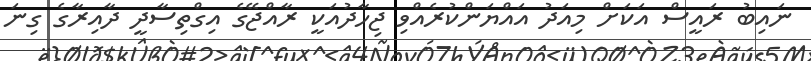
ނައިބު ރައީސް އަކަށް މިއަދު އައްޔަންކުރެއްވި ޖިހާދުއަކީ ރާއްޖޭގެ އިގްތިސާދީ ދާއިރާގެ ގިނަ